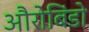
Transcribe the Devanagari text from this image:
औरोबिंडो